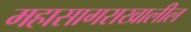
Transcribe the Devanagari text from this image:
महासागराखालील